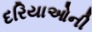
દરિયાઓની